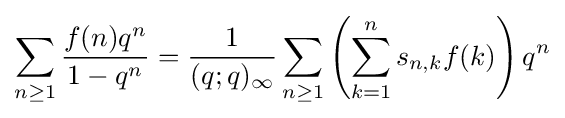
\sum _{n\geq 1}{\frac {f(n)q^{n}}{1-q^{n}}}={\frac {1}{(q;q)_{\infty }}}\sum _{n\geq 1}\left(\sum _{k=1}^{n}s_{n,k}f(k)\right)q^{n}